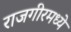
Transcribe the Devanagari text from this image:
राजगीरमध्ये